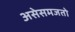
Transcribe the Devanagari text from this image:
असेसमजतो